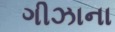
ગીઝાના